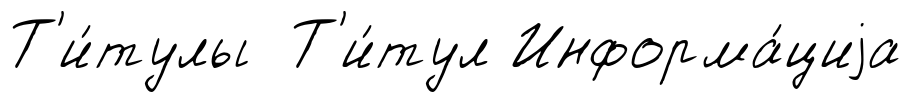
Т'и́тулы Т'и́тул Информа́циjа